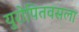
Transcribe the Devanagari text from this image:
युरोपितवसला